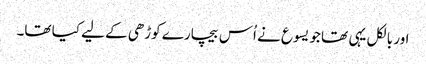
اور بالکل یہی تھا جو یسوع نے اُس بیچارے کوڑھی کے لیے کیا تھا۔